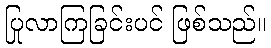
ပြုလာကြခြင်းပင် ဖြစ်သည်။